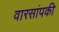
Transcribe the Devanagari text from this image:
वारसांपकी